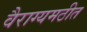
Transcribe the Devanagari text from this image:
वैराग्यमठीत